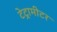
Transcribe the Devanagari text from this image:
टेट्रामीटर